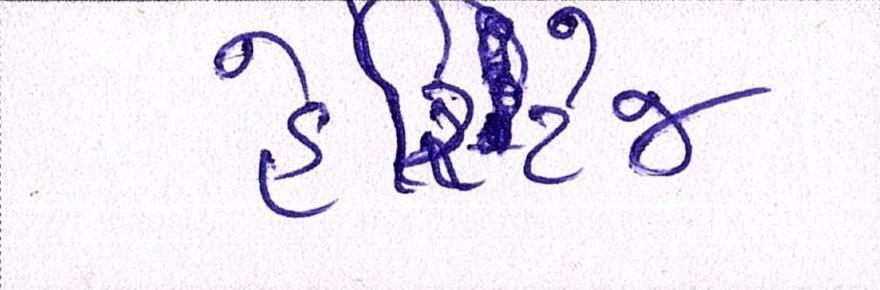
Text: હેરિટેજ